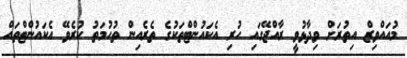
މުއައްވިޒް އިތުރަށް ވިދާޅުވީ ރާއްޖޭގައި ހުރި އެކައުންޓްތަކުގެ ތެރެއިން ތުހުމަތު ކުރެވޭ އެކައުންޓްތައް